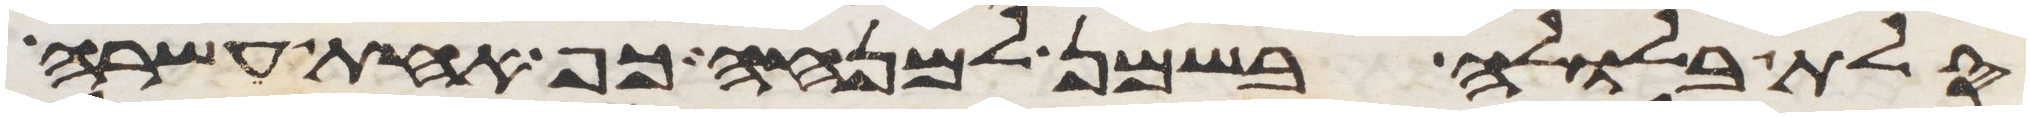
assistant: סלת בלולה בשמן למנחה כף אחת עשרה